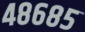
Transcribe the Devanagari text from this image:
४८६८५